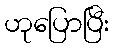
ဟုပြောပြီး